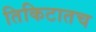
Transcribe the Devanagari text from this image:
तिकिटातच